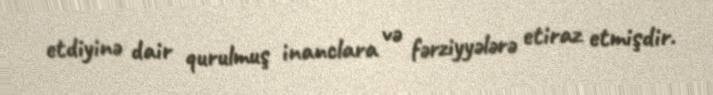
etdiyinə dair qurulmuş inanclara və fərziyyələrə etiraz etmişdir.